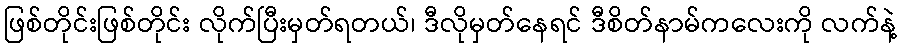
ဖြစ်တိုင်းဖြစ်တိုင်း လိုက်ပြီးမှတ်ရတယ်၊ ဒီလိုမှတ်နေရင် ဒီစိတ်နာမ်ကလေးကို လက်နဲ့